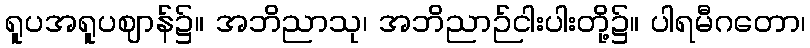
ရူပအရူပဈာန်၌။ အဘိညာသု၊ အဘိညာဉ်ငါးပါးတို့၌။ ပါရမီဂတော၊